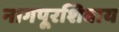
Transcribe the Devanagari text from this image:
नागपूरशिवाय